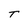
Character: T